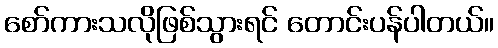
စော်ကားသလိုဖြစ်သွားရင် တောင်းပန်ပါတယ်။